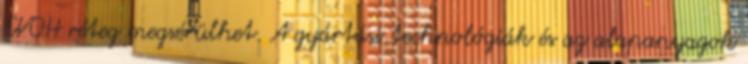
EVOH réteg megsérülhet. A gyártási technológiák és az alapanyagok